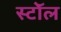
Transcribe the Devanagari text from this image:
स्टॉेल